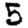
Digit: 5